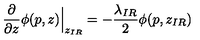
\frac { \partial } { \partial z } \phi ( p , z ) \Big | _ { z _ { I R } } = - \frac { \lambda _ { I R } } 2 \phi ( p , z _ { I R } )